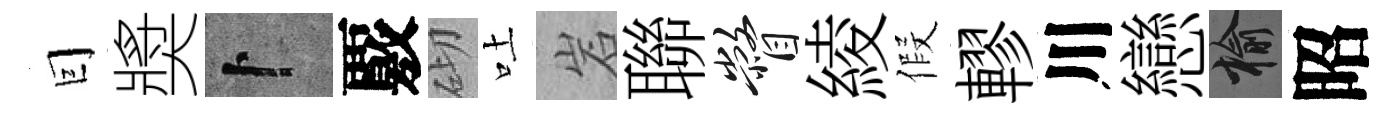
囙奬卜覈砌吐岩聯瞥綾假轇川戀榆昭